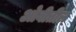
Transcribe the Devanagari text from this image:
ओवीतील